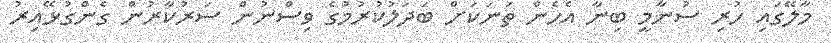
މާލޭގައި ހުރި ސުނާމީ ބިނާ އެހެން ތަނަކަށް ބަދަލުކުރުމުގެ ވިސްނުން ސަރުކާރުން ގެންގުޅޭއިރު